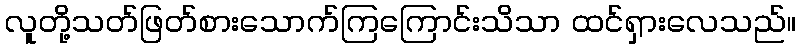
လူတို့သတ်ဖြတ်စားသောက်ကြကြောင်းသိသာ ထင်ရှားလေသည်။